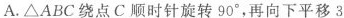
A.△ABC绕点C顺时针旋转90°，再向下平移3